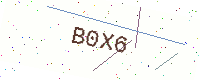
Text: B0X6